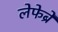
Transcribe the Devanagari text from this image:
लेफेब्रे